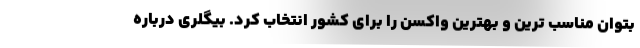
بتوان مناسب ترین و بهترین واکسن را برای کشور انتخاب کرد. بیگلری درباره